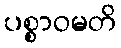
ပစ္စာဝမတိ